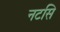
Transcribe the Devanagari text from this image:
नटसि